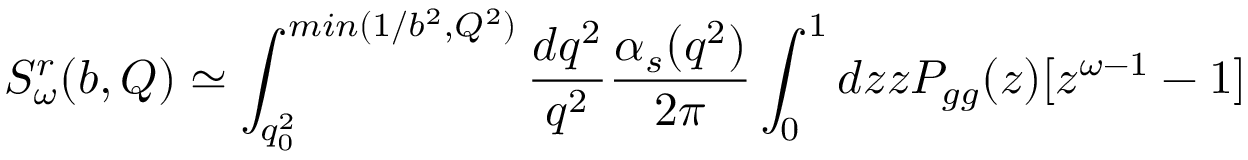
S _ { \omega } ^ { r } ( b , Q ) \simeq \int _ { q _ { 0 } ^ { 2 } } ^ { m i n ( 1 / b ^ { 2 } , Q ^ { 2 } ) } { \frac { d q ^ { 2 } } { q ^ { 2 } } } { \frac { \alpha _ { s } ( q ^ { 2 } ) } { 2 \pi } } \int _ { 0 } ^ { 1 } d z z P _ { g g } ( z ) [ z ^ { \omega - 1 } - 1 ]